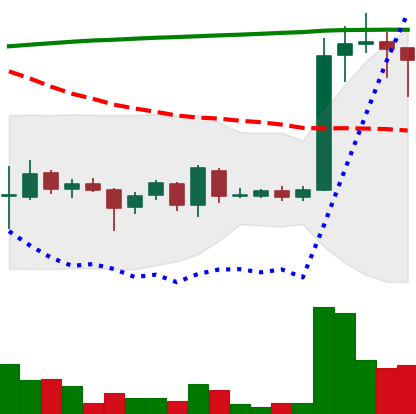
Ticker: EOS-USD
Chart end date: 2018-04-15
Forward return: 36.325%
Label: up_7plus